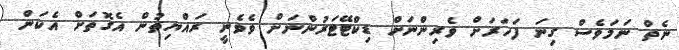
ނެތް ނަމަވެސް ގިނަ ފަހަރަށް ވެރިންނަށް ޑިކްޓޭޓަރުންނަށް ވެވެނީ ރައްޔިތުން އެގޮތަށް އެކަން